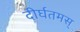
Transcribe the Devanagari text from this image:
दीर्घतमस्‌